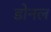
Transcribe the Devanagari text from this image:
डोनल